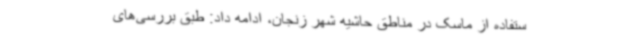
ستفاده از ماسک در مناطق حاشیه شهر زنجان، ادامه داد: طبق بررسی‌های